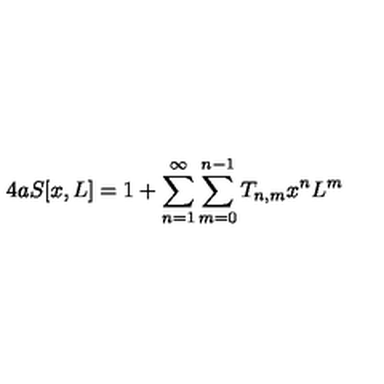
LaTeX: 4 a S [ x , L ] = 1 + \sum _ { n = 1 } ^ { \infty } \sum _ { m = 0 } ^ { n - 1 } T _ { n , m } x ^ { n } L ^ { m }